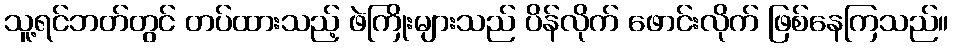
သူ့ရင်ဘတ်တွင် တပ်ထားသည့် ဖဲကြိုးများသည် ပိန်လိုက် ဖောင်းလိုက် ဖြစ်နေကြသည်။